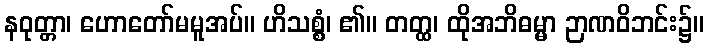
နဝုတ္တာ၊ ဟောတော်မမူအပ်။ ဟိသစ္စံ၊ ၏။ တတ္ထ၊ ထိုအဘိဓမ္မာ ဉာဏဝိဘင်း၌။